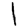
Digit: 1